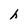
Character: h